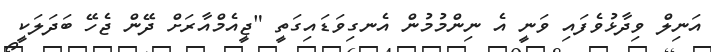
އަނިލް ވިދާޅުވެފައި ވަނީ އެ ނިންމުމުން އެނގިވަޑައިގަތީ "ޖީއެމްއާރަށް ދޭން ޖެހޭ ބަދަލަކީ